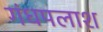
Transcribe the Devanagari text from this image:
गंधपलाश